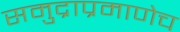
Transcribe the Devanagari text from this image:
समुद्राप्रमाणेच